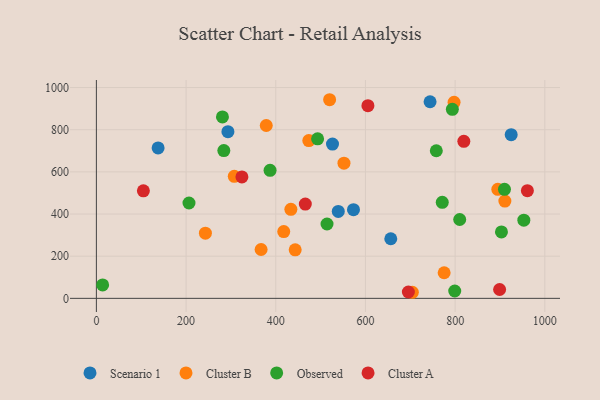
{"axis": {"x": "Price", "y": "Rating"}, "legend": ["Cluster A", "Cluster B", "Observed", "Scenario 1"], "data": [{"x": "925.0", "y": 776.5, "type": "Scenario 1"}, {"x": "656.5", "y": 282.8, "type": "Scenario 1"}, {"x": "137.6", "y": 713.7, "type": "Scenario 1"}, {"x": "526.5", "y": 731.8, "type": "Scenario 1"}, {"x": "293.3", "y": 790.6, "type": "Scenario 1"}, {"x": "573.3", "y": 420.8, "type": "Scenario 1"}, {"x": "539.4", "y": 412.3, "type": "Scenario 1"}, {"x": "744.1", "y": 932.8, "type": "Scenario 1"}, {"x": "473.7", "y": 748.6, "type": "Cluster B"}, {"x": "910.9", "y": 461.4, "type": "Cluster B"}, {"x": "443.3", "y": 230.1, "type": "Cluster B"}, {"x": "895.2", "y": 517.1, "type": "Cluster B"}, {"x": "797.6", "y": 930.1, "type": "Cluster B"}, {"x": "417.8", "y": 316.7, "type": "Cluster B"}, {"x": "704.6", "y": 28.8, "type": "Cluster B"}, {"x": "243.1", "y": 309.0, "type": "Cluster B"}, {"x": "775.5", "y": 121.4, "type": "Cluster B"}, {"x": "520.1", "y": 942.3, "type": "Cluster B"}, {"x": "433.7", "y": 422.3, "type": "Cluster B"}, {"x": "552.1", "y": 641.3, "type": "Cluster B"}, {"x": "307.5", "y": 578.7, "type": "Cluster B"}, {"x": "367.3", "y": 231.7, "type": "Cluster B"}, {"x": "378.8", "y": 820.0, "type": "Cluster B"}, {"x": "793.8", "y": 896.7, "type": "Observed"}, {"x": "903.3", "y": 315.3, "type": "Observed"}, {"x": "493.3", "y": 756.6, "type": "Observed"}, {"x": "953.2", "y": 371.0, "type": "Observed"}, {"x": "810.2", "y": 374.0, "type": "Observed"}, {"x": "281.1", "y": 860.5, "type": "Observed"}, {"x": "758.0", "y": 700.3, "type": "Observed"}, {"x": "771.3", "y": 455.5, "type": "Observed"}, {"x": "910.0", "y": 517.1, "type": "Observed"}, {"x": "387.3", "y": 607.5, "type": "Observed"}, {"x": "799.1", "y": 34.9, "type": "Observed"}, {"x": "514.3", "y": 352.8, "type": "Observed"}, {"x": "13.9", "y": 63.9, "type": "Observed"}, {"x": "284.2", "y": 700.9, "type": "Observed"}, {"x": "206.5", "y": 452.4, "type": "Observed"}, {"x": "819.4", "y": 745.1, "type": "Cluster A"}, {"x": "324.5", "y": 576.2, "type": "Cluster A"}, {"x": "104.8", "y": 510.3, "type": "Cluster A"}, {"x": "961.1", "y": 511.0, "type": "Cluster A"}, {"x": "899.2", "y": 41.9, "type": "Cluster A"}, {"x": "465.9", "y": 447.4, "type": "Cluster A"}, {"x": "605.5", "y": 914.0, "type": "Cluster A"}, {"x": "695.7", "y": 30.1, "type": "Cluster A"}]}